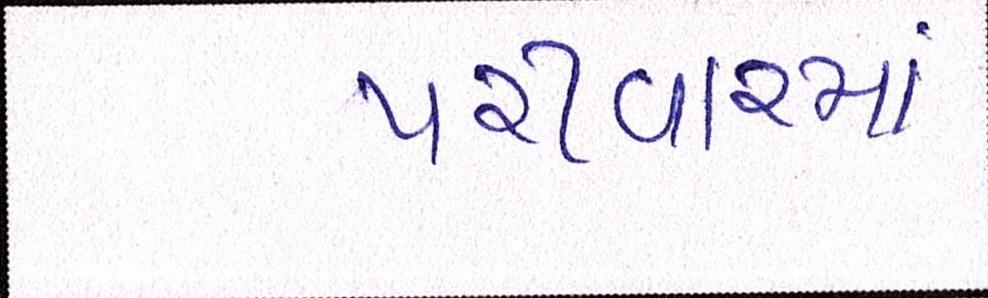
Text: પરીવારમાં